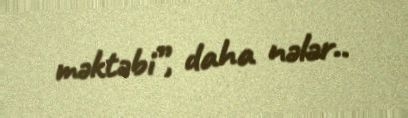
məktəbi”, daha nələr..